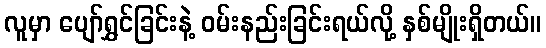
လူမှာ ပျော်ရွှင်ခြင်းနဲ့ ဝမ်းနည်းခြင်းရယ်လို့ နှစ်မျိုးရှိတယ်။